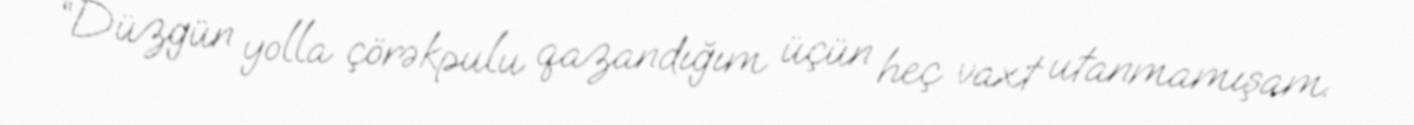
“Düzgün yolla çörəkpulu qazandığım üçün heç vaxt utanmamışam.